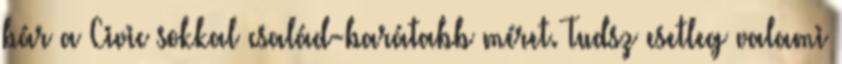
bár a Civic sokkal család-barátabb méret. Tudsz esetleg valami